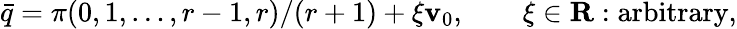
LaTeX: \bar{q}=\pi(0,1,\ldots,r-1,r)/(r+1)+\xi{\mathbf v}_{0},\qquad\xi\in{\mathbf R}:\mathrm{arbitrary},